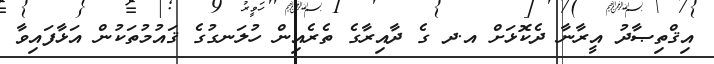
އިޤްތިޞާދު އީރާނާ ދެކޮޅަށް އ.ދ ގެ ދާއިރާގެ ތެރެއިން ހުލަނގުގެ ޤައުމުތަކުން އަޅާފައިވާ